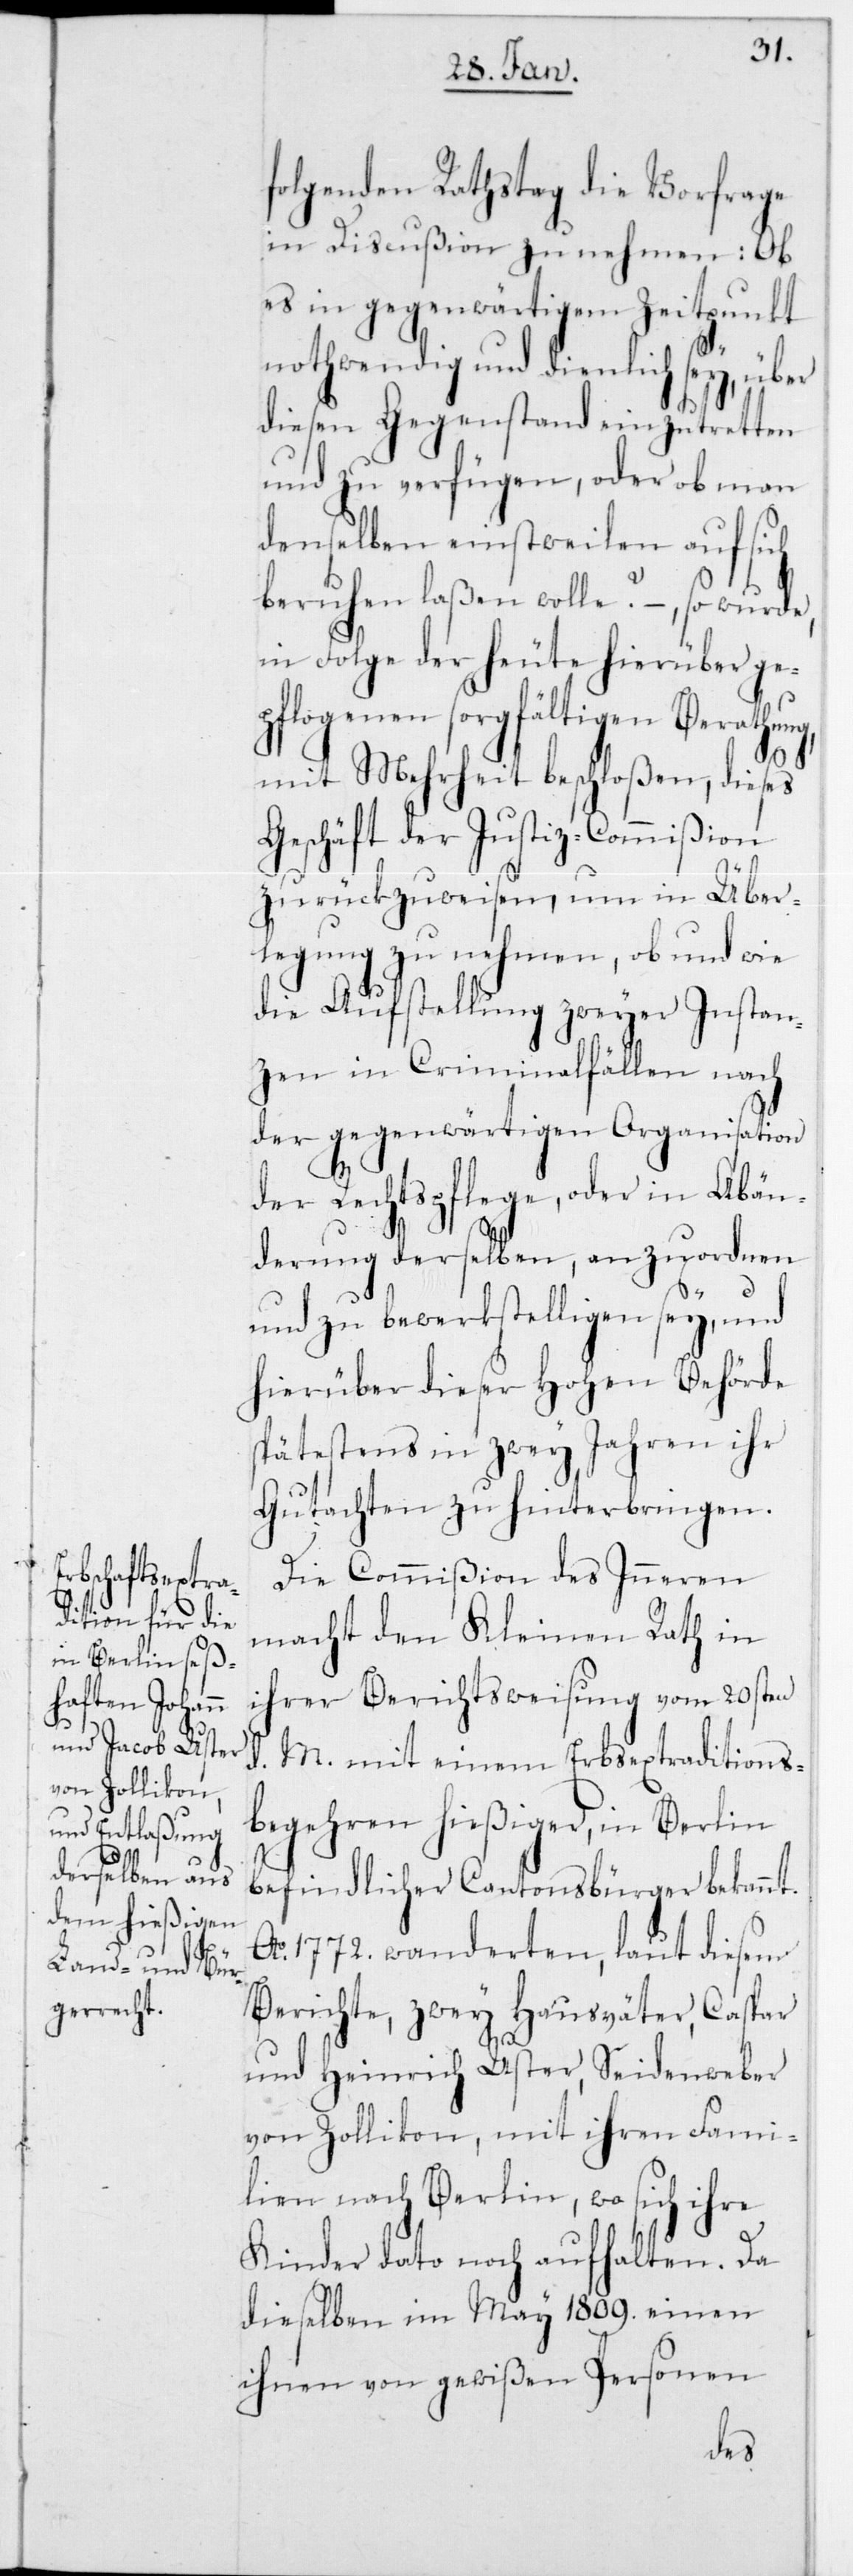
folgenden Rathstag die Vorfrage
in Discußion zu nehmen: Ob
es in gegenwärtigem Zeitpunkt
nothwendig und dienlich sey, über
diesen Gegenstand einzutretten
und zu verfügen, oder ob man
denselben einstweilen auf sich
beruhen laßen wolle? –, so wurde,
in Folge der heute hierüber ge¬
pflogenen sorgfältigen Berathung,
mit Mehrheit beschloßen, dieses
Geschäft der Justiz-Commißion
zurückzuweisen, um in Über¬
legung zu nehmen, ob und wie
die Aufstellung zweyer Instan¬
zen in Criminalfällen nach
der gegenwärtigen Organisation
der Rechtspflege, oder in Abän¬
derung derselben, anzuordnen
und zu bewerkstelligen sey, und
hierüber dieser hohen Behörde
spätestens in zwey Jahren ihr
Gutachten zu hinterbringen.
Die Commißion des Innern
macht den Kleinen Rath in
ihrer Berichtsweisung vom 20sten
d. M. mit einem Erbsextraditions¬
begehren hießiger, in Berlin
befindlicher Cantonsbürger bekannt.
Ao 1772 wanderten, laut diesem
Berichte, zwey Hausväter, Caspar
und Heinrich Uster, Seidenweber
von Zollikon, mit ihren Fami¬
lien nach Berlin, wo sich ihre
Kinder dato noch aufhalten. Da
dieselben im May 1809 einen
ihnen von gewißen Personen